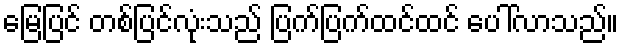
မြေပြင် တစ်ပြင်လုံးသည် ပြက်ပြက်ထင်ထင် ပေါ်လာသည်။